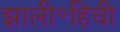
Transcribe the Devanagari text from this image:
झाली॰हिची